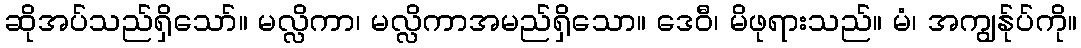
ဆိုအပ်သည်ရှိသော်။ မလ္လိကာ၊ မလ္လိကာအမည်ရှိသော။ ဒေဝီ၊ မိဖုရားသည်။ မံ၊ အကျွန်ုပ်ကို။